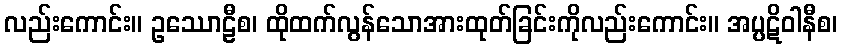
လည်းကောင်း။ ဥဿောဠီစ၊ ထိုထက်လွန်သောအားထုတ်ခြင်းကိုလည်းကောင်း။ အပ္ပဋိဝါနီစ၊